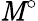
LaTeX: \mathit{M}^{\circ}